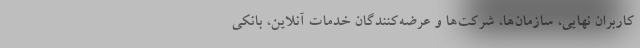
کاربران نهایی، سازمان‌ها، شرکت‌ها و عرضه‌کنندگان خدمات آنلاین، بانکی